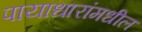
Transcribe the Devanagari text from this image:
पायाधारांमधील